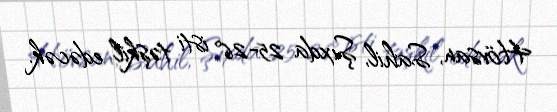
Hövsan, Sahil, Şıxda 25-26° isti təşkil edəcək.